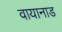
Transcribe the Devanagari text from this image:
वायानाड